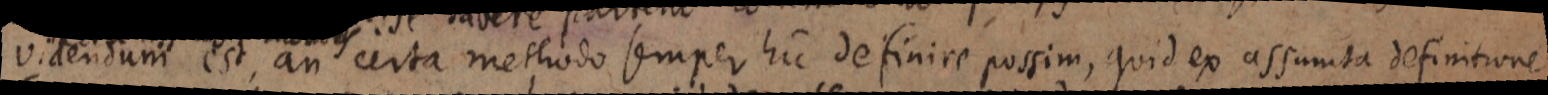
videndum est an certa methodo semper hic definire possim, quid ex assumta definitione